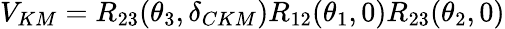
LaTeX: V_{KM}=R_{23}(\theta_{3},\delta_{CKM})R_{12}(\theta_{1},0)R_{23}(\theta_{2},0)